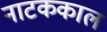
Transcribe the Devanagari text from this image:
नाटककाल